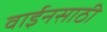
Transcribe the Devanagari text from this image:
वाईनसाठी